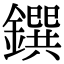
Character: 鐉